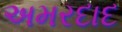
અમરદાદ